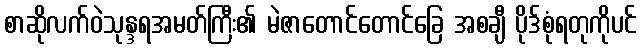
စာဆိုလက်ဝဲသုန္ဒရအမတ်ကြီး၏ မဲဇာတောင်တောင်ခြေ အစချီ ပိုဒ်စုံရတုကိုပင်